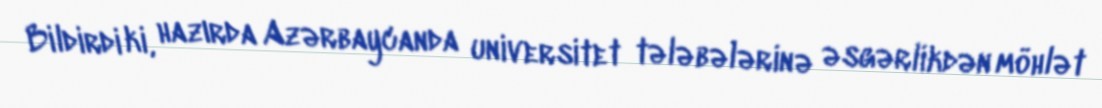
Bildirdi ki, hazırda Azərbaycanda universitet tələbələrinə əsgərlikdən möhlət